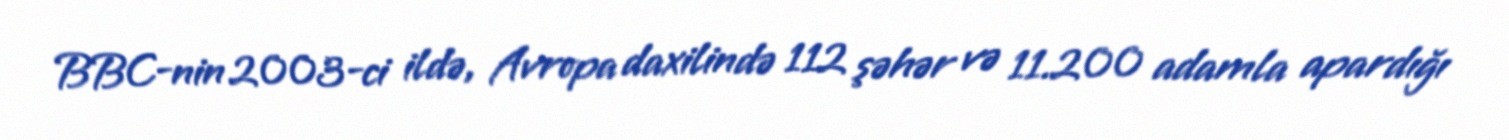
BBC-nin 2003-ci ildə, Avropa daxilində 112 şəhər və 11.200 adamla apardığı